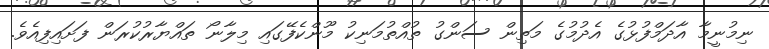
ނިމުނީމާ އާދަމްފުޅުގެ އެދުމުގެ މަތިން ސަންގު ތުއްތުމަނިކު މޫންކެފޭގައި މިލާނޯ ތައްޔާރުކުރަން ފަށައިފިއެވެ.